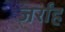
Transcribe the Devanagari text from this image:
जर्रांह